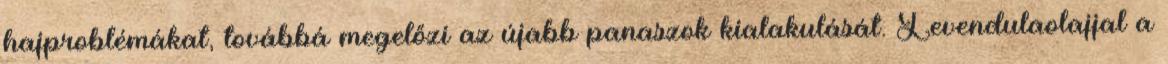
hajproblémákat, továbbá megelőzi az újabb panaszok kialakulását. Levendulaolajjal a